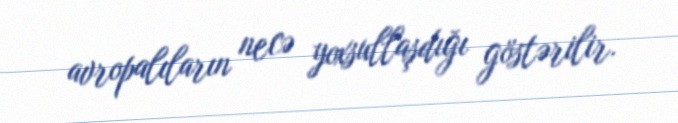
avropalıların necə yoxsullaşdığı göstərilir.